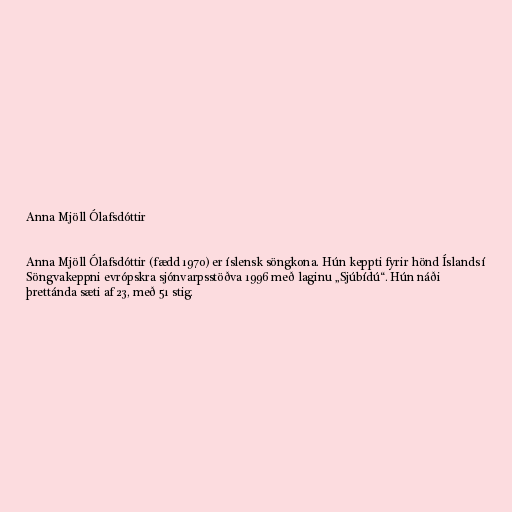
Anna Mjöll Ólafsdóttir

Anna Mjöll Ólafsdóttir (fædd 1970) er íslensk söngkona. Hún keppti fyrir hönd Íslands í
Söngvakeppni evrópskra sjónvarpsstöðva 1996 með laginu „Sjúbídú“. Hún náði
þrettánda sæti af 23, með 51 stig.